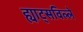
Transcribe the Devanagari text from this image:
ह्याट्सविल्ले